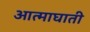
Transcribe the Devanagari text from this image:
आत्माघाती